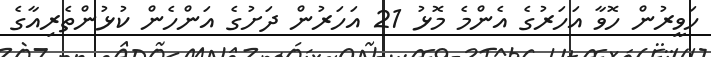
ހަވީރުން ހޮވާ އަހަރުގެ އެންމެ މޮޅު 21 އަހަރުން ދަށުގެ އަންހެން ކުޅުންތެރިއާގެ